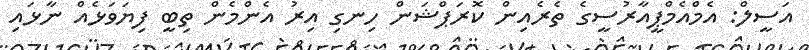
އަސީލް: އެމްއެމްޕީއާރުސީގެ ތެރެއިން ކޮރަޕްޝަން ހިނގި އިރު އެންމެން ތިބީ ފިޔަވަޅެއް ނާޅައި